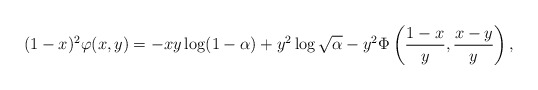
\begin{align*}(1-x)^2\varphi(x,y)=-xy\log(1-\alpha)+y^2\log \sqrt{\alpha}-y^2\Phi\left(\frac{1-x}{y}, \frac{x-y}{y}\right),\end{align*}